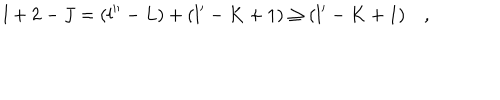
l + 2 - J = ( l ^ { \prime \prime } - L ) + ( l ^ { \prime } - K + 1 ) \geq ( l ^ { \prime } - K + 1 ) \quad ,